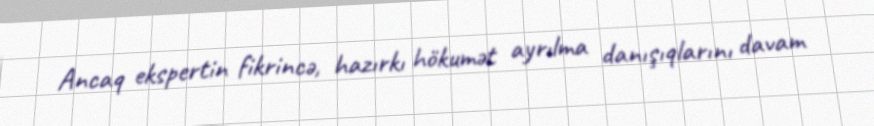
Ancaq ekspertin fikrincə, hazırkı hökumət ayrılma danışıqlarını davam